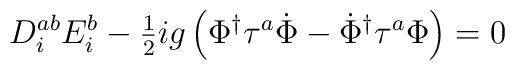
D_i^{ab} E_i^b - {\textstyle {1\over 2}} ig    \left( \Phi^\dagger \tau^a \dot \Phi - \dot \Phi^\dagger \tau^a \Phi    \right) = 0